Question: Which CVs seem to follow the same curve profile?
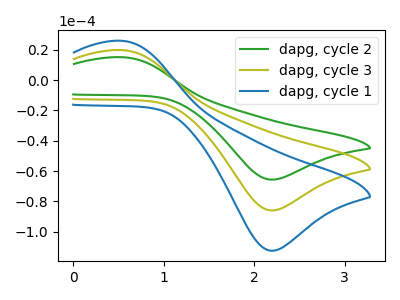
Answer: <think>The green curve "dapg, cycle 2" has an anodic peak at (0.55V, 15.05uA) and a cathodic peak at (2.20V, -65.60uA). The olive curve "dapg, cycle 3" has an anodic peak at (0.55V, 19.70uA) and a cathodic peak at (2.20V, -85.85uA). The blue curve "dapg, cycle 1" has an anodic peak at (0.55V, 39.40uA) and a cathodic peak at (2.20V, -171.75uA).
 All the peaks in "dapg, cycle 2" have a peak in "dapg, cycle 3" at the same potential. Every peak in "dapg, cycle 2" is lower than every peak in "dapg, cycle 3". All the peaks in "dapg, cycle 2" have a peak in "dapg, cycle 1" at the same potential. Every peak in "dapg, cycle 2" is lower than every peak in "dapg, cycle 1". All the peaks in "dapg, cycle 3" have a peak in "dapg, cycle 1" at the same potential. Every peak in "dapg, cycle 3" is lower than every peak in "dapg, cycle 1".</think>
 <answer>"dapg, cycle 2", "dapg, cycle 3" and "dapg, cycle 1" have the same shape and are likely CV's of the same chemical.</answer>
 <eval>"dapg, cycle 2" "dapg, cycle 3" "dapg, cycle 1"</eval>